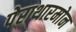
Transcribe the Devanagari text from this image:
पेराथारमोन